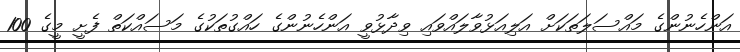
އަންހެނުންގެ މައްސަލަތަކަށް އަލިއަޅުވާލައްވައި ވިދާޅުވީ އަންހެނުންގެ ހައްގުތަކުގެ މަސައްކަތް ފެށީ މީގެ 100